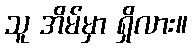
သူ အိမ်မှာ ရှိလား။